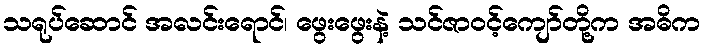
သရုပ်ဆောင် အလင်းရောင်၊ ဖွေးဖွေးနဲ့ သင်ဇာဝင့်ကျော်တို့က အဓိက